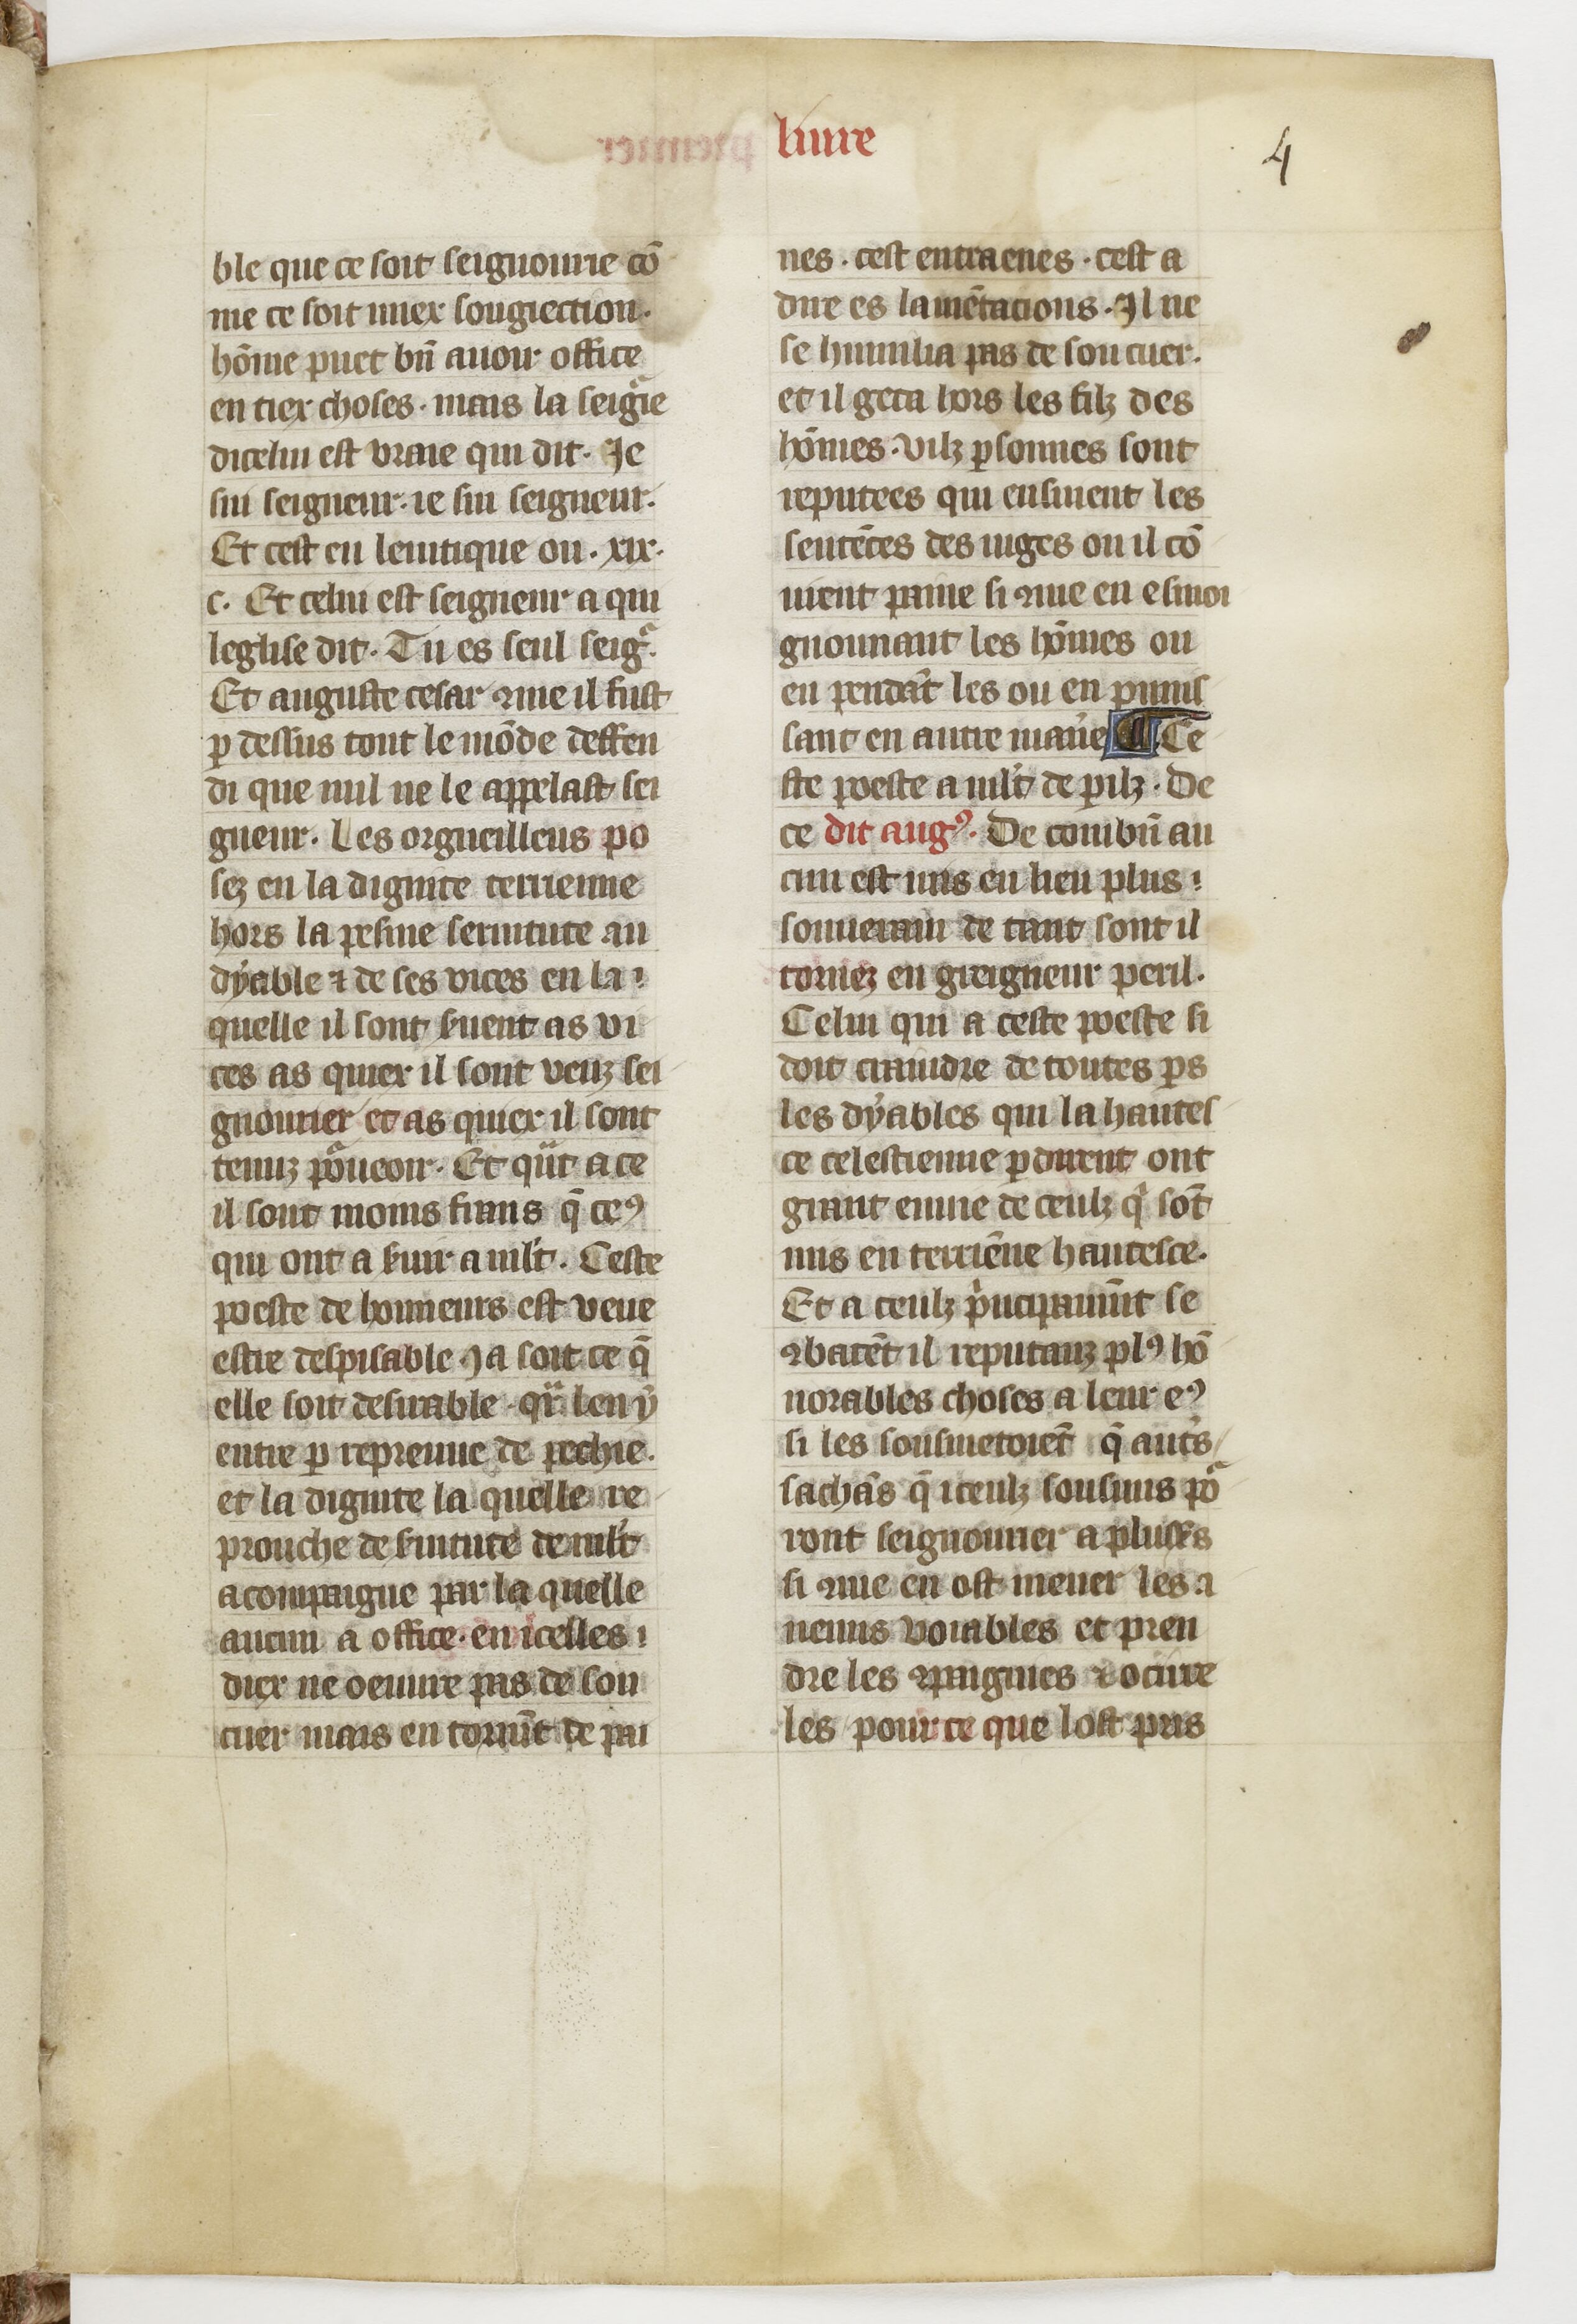
Shelfmark: Paris, BnF, fr. 1728
Century: 14